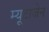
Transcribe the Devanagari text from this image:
म्यूटाजेन